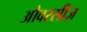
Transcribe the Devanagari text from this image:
औवरसीज़